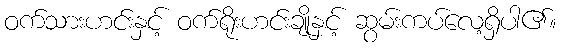
ဝက်သားဟင်းနှင့် ဝက်ရိုးဟင်းချိုနှင့် ဆွမ်းကပ်လေ့ရှိပါ၏။